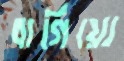
বাগিয়ো